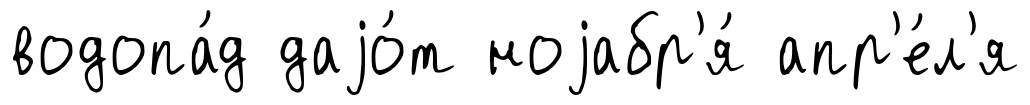
водопа́д даjо́т ноjабр'я́ апр'е́л'я